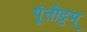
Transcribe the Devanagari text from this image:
पूंतोट्टम्